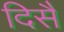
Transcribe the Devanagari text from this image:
दिसै